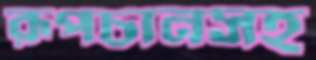
রূপচানসহ